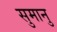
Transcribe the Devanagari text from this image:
सुमानु